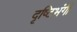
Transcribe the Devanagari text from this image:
दृष्टिभंगी